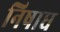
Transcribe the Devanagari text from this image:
निषाध